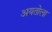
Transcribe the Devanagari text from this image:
अयतोला